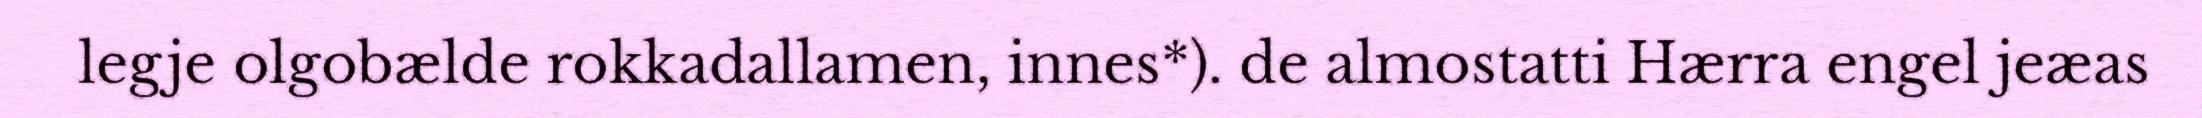
legje olgobælde rokkadallamen, innes*). de almostatti Hærra engel jeæas